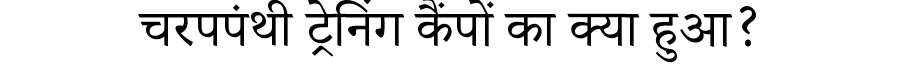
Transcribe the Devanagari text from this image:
चरपपंथी ट्रेनिंग कैंपों का क्या हुआ?